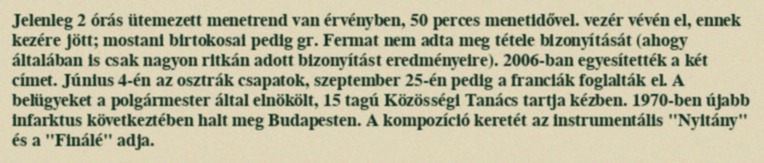
Jelenleg 2 órás ütemezett menetrend van érvényben, 50 perces menetidővel. vezér vévén el, ennek kezére jött; mostani birtokosai pedig gr. Fermat nem adta meg tétele bizonyítását (ahogy általában is csak nagyon ritkán adott bizonyítást eredményeire). 2006-ban egyesítették a két címet. Június 4-én az osztrák csapatok, szeptember 25-én pedig a franciák foglalták el. A belügyeket a polgármester által elnökölt, 15 tagú Közösségi Tanács tartja kézben. 1970-ben újabb infarktus következtében halt meg Budapesten. A kompozíció keretét az instrumentális "Nyitány" és a "Finálé" adja.